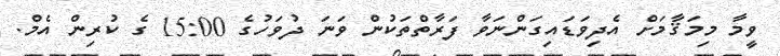
ވީމާ މިމަޤާމަށް އެދިވަޑައިގަންނަވާ ފަރާތްތަކުން ވަނަ ދުވަހުގެ 15:00 ގެ ކުރިން އެމް.